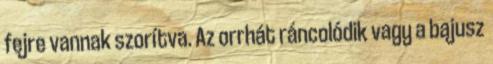
fejre vannak szorítva. Az orrhát ráncolódik vagy a bajusz